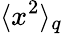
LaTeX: \langle x^{2}\rangle_{q}